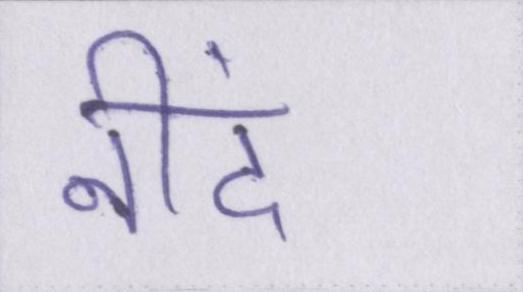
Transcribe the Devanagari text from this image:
नीदं